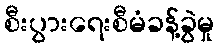
စီးပွားရေးစီမံခန့်ခွဲမှု